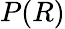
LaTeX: P(R)